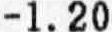
-1.20